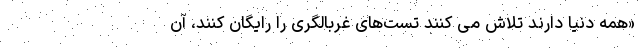
«همه‌ دنیا دارند تلاش می کنند تست‌های غربالگری را رایگان کنند، آن